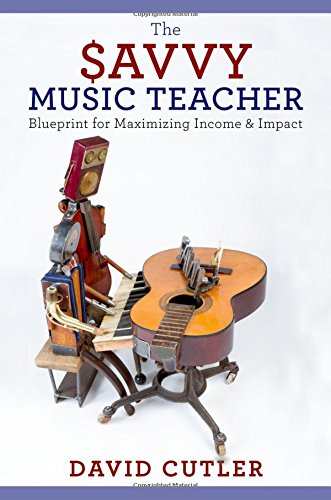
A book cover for The Savvy Music Teacher: Blueprint for Maximizing Income & Impact; David Cutler; Arts & Photography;